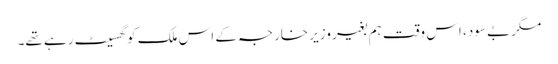
مگر بے سود، اس وقت ہم بغیر وزیر خارجہ کے اس ملک کو گھسیٹ رہے تھے۔